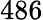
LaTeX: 486